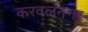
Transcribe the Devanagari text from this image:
करवलनगर